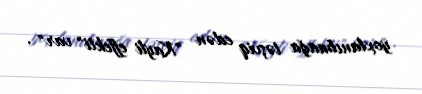
yoxlanılmağa təşviq edən "Kayli effekti" var" .